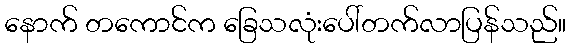
နောက် တကောင်က ခြေသလုံးပေါ်တက်လာပြန်သည်။